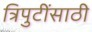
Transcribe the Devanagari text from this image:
त्रिपुटींसाठी